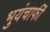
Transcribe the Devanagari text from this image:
भुयंचाफीं